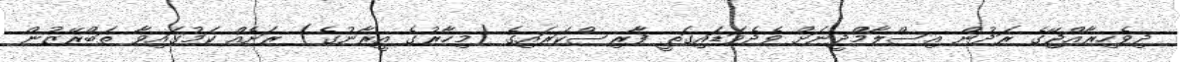
ދިވެހިރާއްޖޭގެ ރަދުން އިސްލާމްދީނަށް ވެދެވަޑައިގަތީ ފާރިސްކަރައިގެ (މިހާރުގެ އީރާނުގެ) ރަށެއް ކަމުގައިވާ ތަބްރޭޒުން